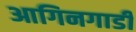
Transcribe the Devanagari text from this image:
आगिनगाडी